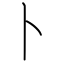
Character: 卜